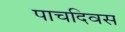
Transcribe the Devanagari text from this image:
पाचदिवस